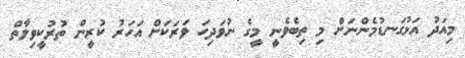
މިއަދު އަޅުގަނޑުމެންނަށް މި ތިބެވެނީ މީގެ ނުވަދިހަ ވަރަކަށް އަހަރު ކުރީން ތުރުކީވިލާތް